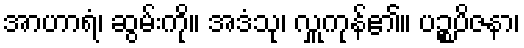
အာဟာရံ၊ ဆွမ်းကို။ အဒံသု၊ လှူကုန်၏။ ပဉ္စပိဇနာ၊